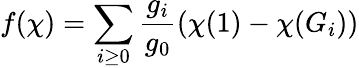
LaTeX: f(\chi)=\sum_{i\geq 0}{\frac{g_{i}}{g_{0}}}(\chi(1)-\chi(G_{i}))